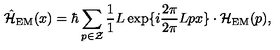
\hat { \cal H } _ { \mathrm { E M } } ( x ) = \hbar \sum _ { p \in \cal Z } \frac { 1 } { 1 } { L } \exp \{ i \frac { 2 \pi } { 2 \pi } { L } p x \} \cdot { \cal H } _ { \mathrm { E M } } ( p ) ,